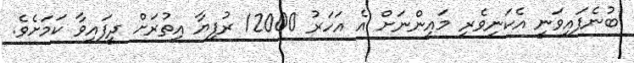
ބުނެފައިވަނީ އެކަނިވެރި މައިންނަށް އެ އަހަރު 12000 ރުފިޔާ އިތުރަށް ދީފައިވާ ކަމަށެވެ.